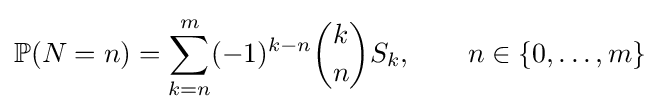
\mathbb {P} (N=n)=\sum _{k=n}^{m}(-1)^{k-n}{\binom {k}{n}}S_{k},\qquad n\in \{0,\ldots ,m\}